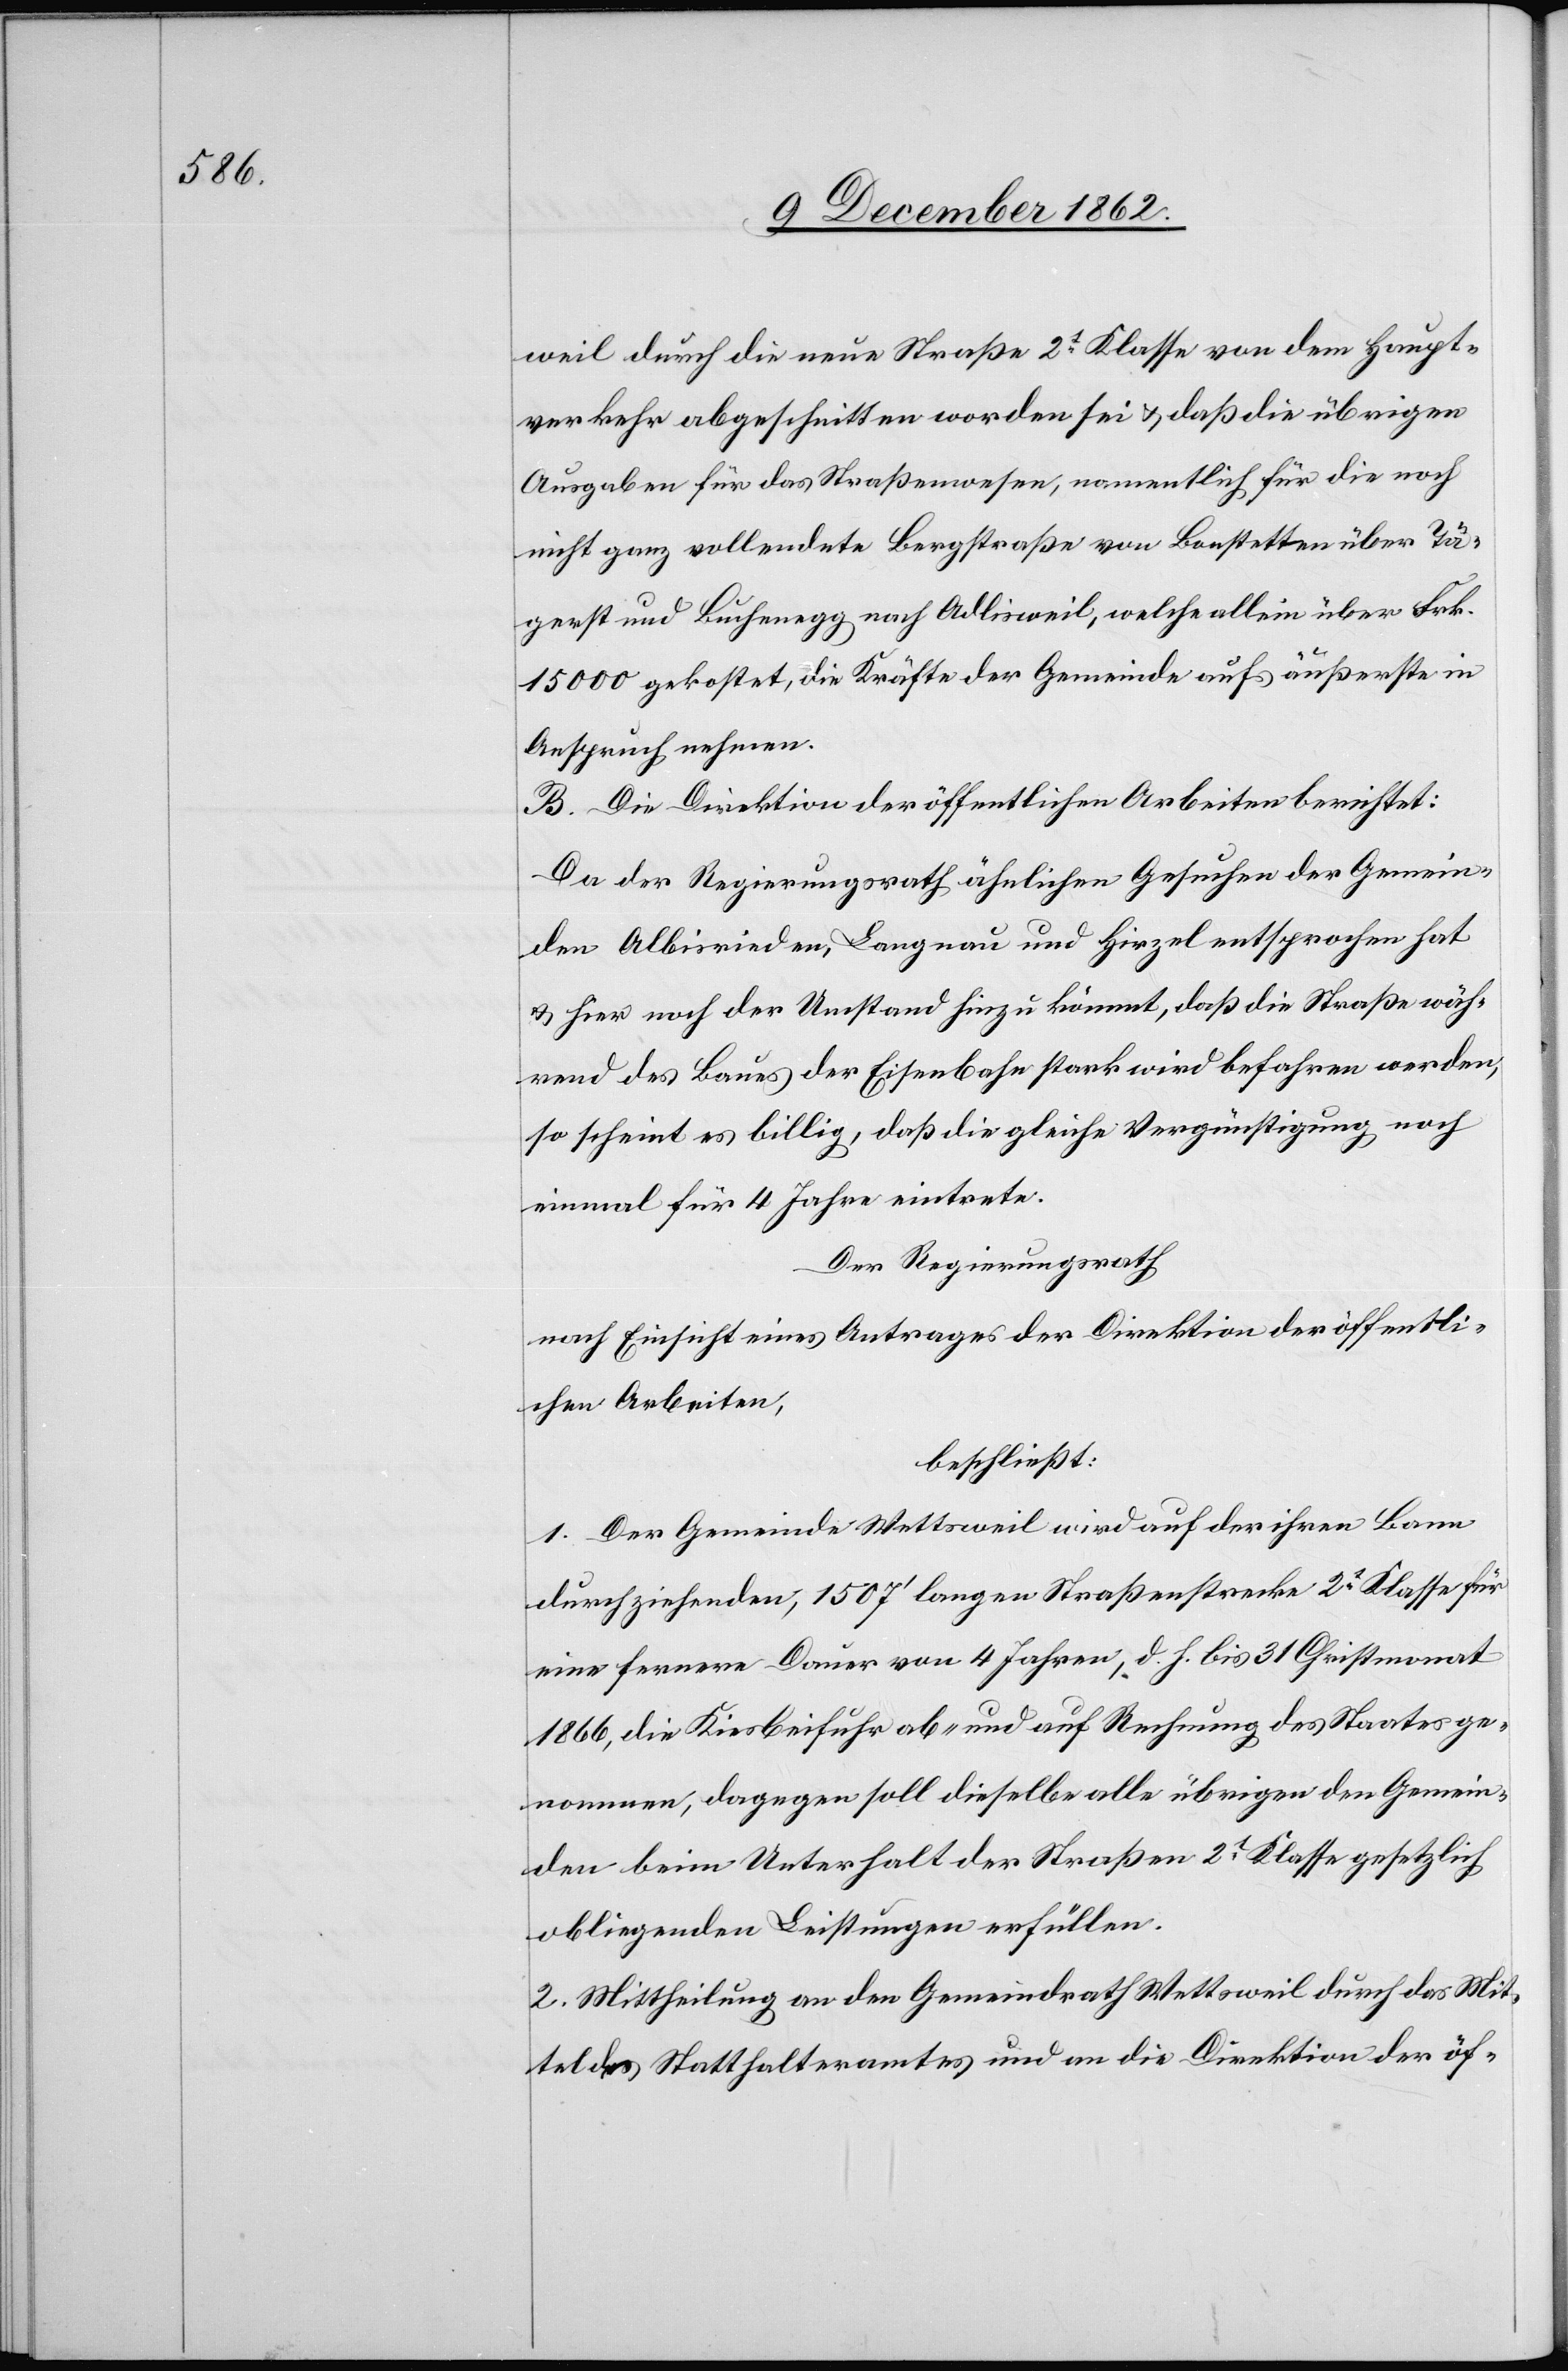
weil durch die neue Straße 1t Klase von dem Haupt¬
verkehr abgeschnitten worden sei u. daß die übrigen
Ausgaben für das Straßenwesen, namentlich für die noch
nicht ganz vollendete Bergstraße von Bonstetten über Tä¬
gerst und Buchenegg nach Adlisweil, welche allein über Frk.
15 000 gekostet, die Kräfte der Gemeinde aufs äußerste in
Anspruch nehmen.
B. Die Direktion der öffentlichen Arbeiten berichtet:
Da der Regierungsrath ähnlichen Gesuchen der Gemein¬
den Albisrieden, Langnau und Hirzel entsprochen hat
u. hier noch der Umstand hiezu kömmt, daß die Straße wäh¬
rend des Baues der Eisenbahn stark wird befahren werden,
so scheint es billig, daß die gleiche Vergünstigung noch
einmal für 4 Jahre eintrete.
Der Regierungsrath
nach Einsicht eines Antrages der Direktion der öffentli¬
chen Arbeiten,
beschließt:
1. Der Gemeinde Wettsweil wird auf der ihren Bann
durchziehenden, 1507’ langen Straßenstrecke 2t Klasse für
eine fernere Dauer von 4 Jahren, d. h. bis 31. Christmonat
1866, die Kiesbeifuhr ab- und auf Rechnung des Staates ge¬
nommen, dagegen soll dieselbe alle übrigen den Gemein¬
den beim Unterhalt der Straßen 2t Klasse gesetzlich
obliegenden Leistungen erfüllen.
2. Mittheilung an den Gemeindrath Wettsweil durch das Mit¬
tel des Statthalteramtes und an die Direktion der öf-